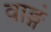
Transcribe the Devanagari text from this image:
वाङ्गं